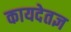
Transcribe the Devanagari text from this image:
कायदेतज्ञ